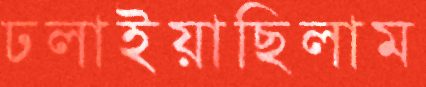
ঢলাইয়াছিলাম